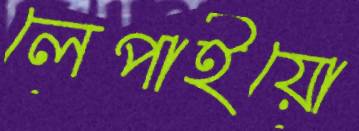
লেপাইয়ো